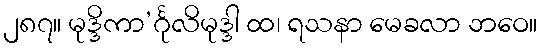
၂၈၇။ မုဒ္ဒိကာ’င်္ဂုလိမုဒ္ဒါ ထ၊ ရသနာ မေခလာ ဘဝေ။